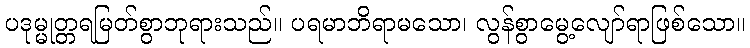
ပဒုမ္မုတ္တရမြတ်စွာဘုရားသည်။ ပရမာဘိရာမသော၊ လွန်စွာမွေ့လျော်ရာဖြစ်သော။